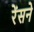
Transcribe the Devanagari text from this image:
रेंसने